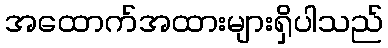
အထောက်အထားများရှိပါသည်